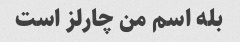
بله اسم من چارلز است